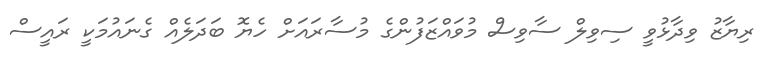
ރިޔާޒު ވިދާޅުވީ ސިވިލް ސާވިސް މުވައްޒަފުންގެ މުސާރައަށް ހެޔޮ ބަދަލެއް ގެނައުމަކީ ރައީސް